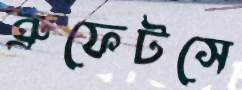
ব্রুফেটসে